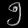
Digit: ၅